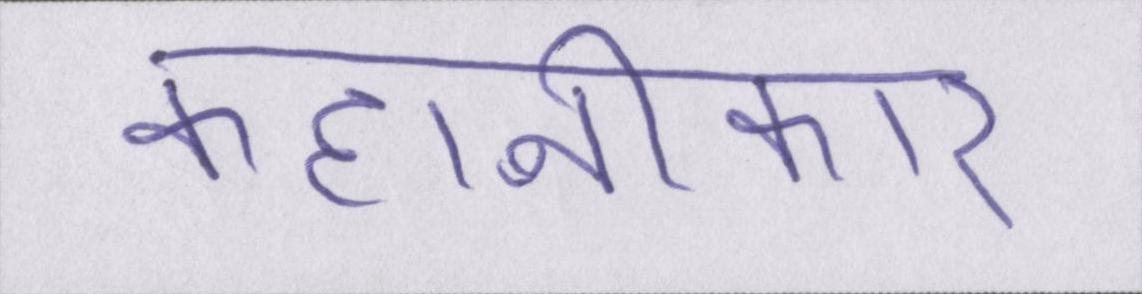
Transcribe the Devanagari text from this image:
कहानीकार